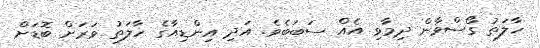
ހާލަތު ގޯސްވާން ދިމާވި އެއް ސަބަބެވެ. އަދި އިންޑިއާގެ ހާލަތު ވަރަށް ބޮޑަށް